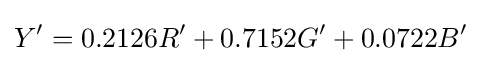
Y'=0.2126R'+0.7152G'+0.0722B'